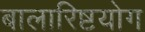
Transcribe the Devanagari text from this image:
बालारिष्टयोग